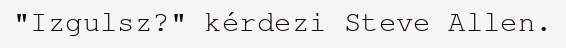
"Izgulsz?" kérdezi Steve Allen.